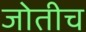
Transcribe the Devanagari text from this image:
जोतीच